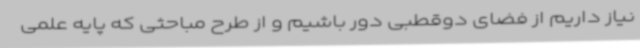
نیاز داریم از فضای دوقطبی دور باشیم و از طرح مباحثی که پایه علمی